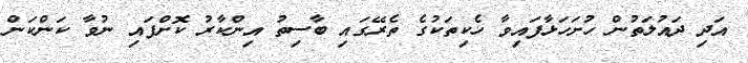
އަދި ދައުލަތުން ހުށަހަޅާފައިވާ ހެކިތަކުގެ ތެރޭގައި ބާސިތު އިންކާރު ކޮށްފައި ނުވާ ކަންކަން